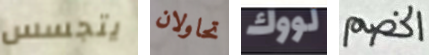
يتجسس تحاولان لووك الخصم